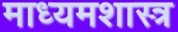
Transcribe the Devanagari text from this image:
माध्यमशास्त्र